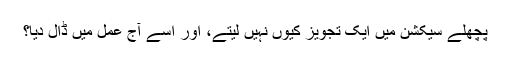
پچھلے سیکشن میں ایک تجویز کیوں نہیں لیتے، اور اسے آج عمل میں ڈال دیا؟